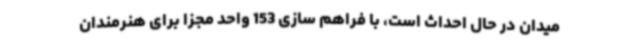
میدان در حال احداث است، با فراهم سازی 153 واحد مجزا برای هنرمندان